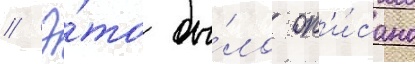
// Э́то бы́ло оп'и́сано